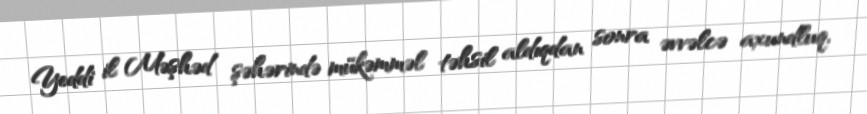
Yeddi il Məşhəd şəhərində mükəmməl təhsil aldıqdan sonra əvvəlcə axundluq,